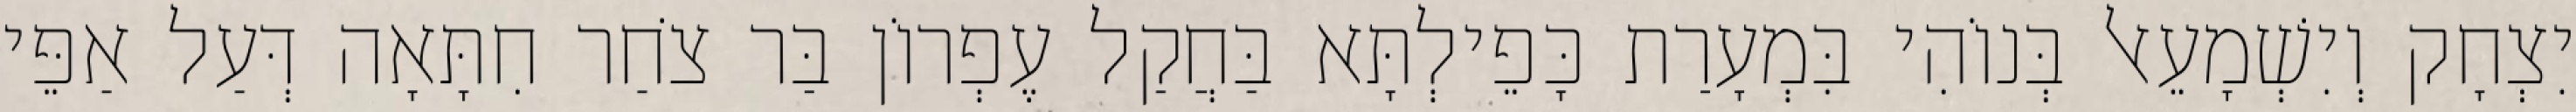
יִצְחָק וְיִשְׁמָעֵאל בְּנוֹהִי בִּמְעָרַת כָּפֵילְתָּא בַּחֲקַל עֶפְרוֹן בַּר צֹחַר חִתָּאָה דְּעַל אַפֵּי